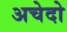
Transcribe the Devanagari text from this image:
अचेदो